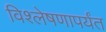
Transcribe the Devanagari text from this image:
विश्लेषणापर्यंत